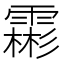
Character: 霦